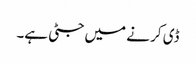
ڈی کر نے میں جٹی ہے۔